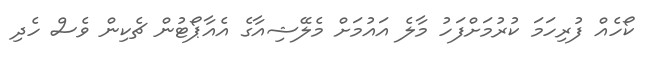
ކޯހެއް ފުރިހަމަ ކުރުމަށްފަހު މާލެ އަައުމަށް މެލޭޝިއާގެ އެއާޕޯޓުން ޗެކިން ވެސް ހެދި